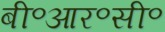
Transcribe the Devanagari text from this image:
बी॰आर॰सी॰